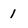
Character: 1